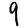
Digit: 9